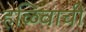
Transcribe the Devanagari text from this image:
हळिवाची